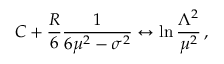
C + \frac { R } { 6 } \frac { 1 } { 6 \mu ^ { 2 } - \sigma ^ { 2 } } \leftrightarrow \ln \frac { \Lambda ^ { 2 } } { \mu ^ { 2 } } \, ,